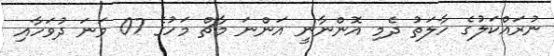
ނުރައްކަލުގެ ހާލަތު ދެމި އޮންނާނީ އަންނަ މާޗް މަހުގެ 07 ވަނަ ދުވަހާއި